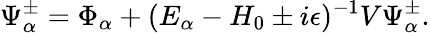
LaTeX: \Psi_{\alpha}^{\pm}=\Phi_{\alpha}+(E_{\alpha}-H_{0}\pm i\epsilon)^{-1}V\Psi_{\alpha}^{\pm}.